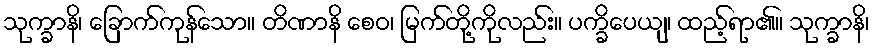
သုက္ခာနိ၊ ခြောက်ကုန်သော။ တိဏာနိ စေဝ၊ မြက်တို့ကိုလည်း။ ပက္ခိပေယျ၊ ထည့်ရာ၏။ သုက္ခာနိ၊